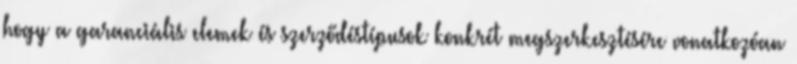
hogy a garanciális elemek és szerződéstípusok konkrét megszerkesztésére vonatkozóan